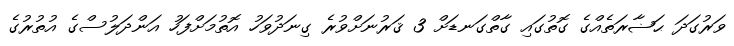
ވަރުގަދަ ޙަޟާރަތެއްގެ ގޮތުގައި ގާތްގަނޑަށް 3 ޤަރުނަށްވުރެ ގިނަދުވަހު އޮތުމަށްފަހު އަންދަލުސްގެ އުތުރުގެ